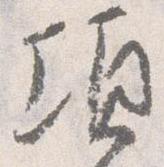
頃